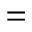
=